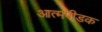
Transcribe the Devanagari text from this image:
आत्मपीडक